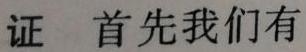
证 首先我们有